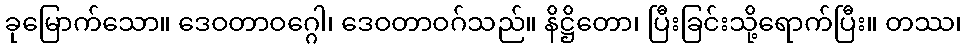
ခုမြောက်သော။ ဒေဝတာဝဂ္ဂေါ၊ ဒေဝတာဝဂ်သည်။ နိဋ္ဌိတော၊ ပြီးခြင်းသို့ရောက်ပြီး။ တဿ၊